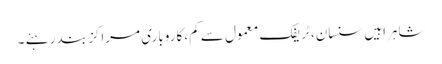
شاہراہیں سنسان، ٹریفک معمول سے کم، کاروباری مراکز بند رہئے ۔